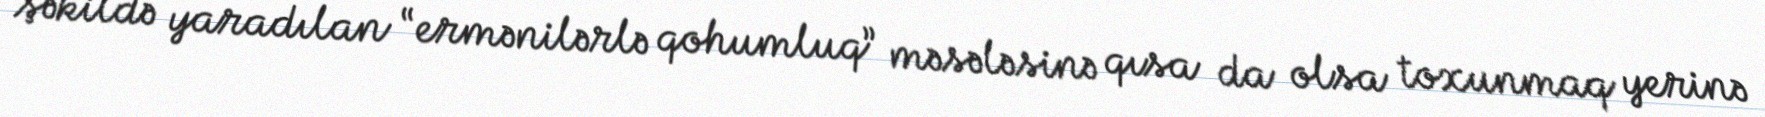
şəkildə yaradılan “ermənilərlə qohumluq” məsələsinə qısa da olsa toxunmaq yerinə